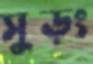
সুড়ং